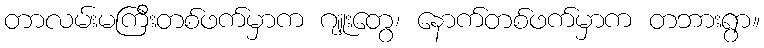
တာလမ်းမကြီးတစ်ဖက်မှာက ဂျူးတွေ၊ နောက်တစ်ဖက်မှာက တဘားရွာ။